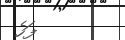
ފަހެ